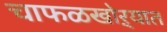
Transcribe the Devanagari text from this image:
चाफळखोऱ्यात